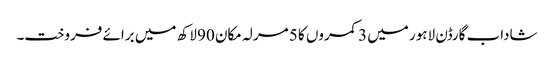
شاداب گارڈن لاہور میں 3 کمروں کا 5 مرلہ مکان 90 لاکھ میں برائے فروخت۔